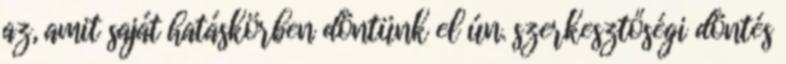
az, amit saját hatáskörben döntünk el ún. szerkesztőségi döntés